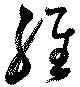
維